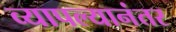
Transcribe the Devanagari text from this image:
व्यापल्यानंतर